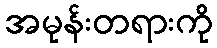
အမုန်းတရားကို